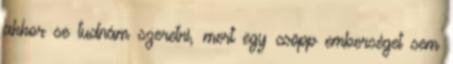
akkor se tudnám szeretni, mert egy csöpp emberséget sem